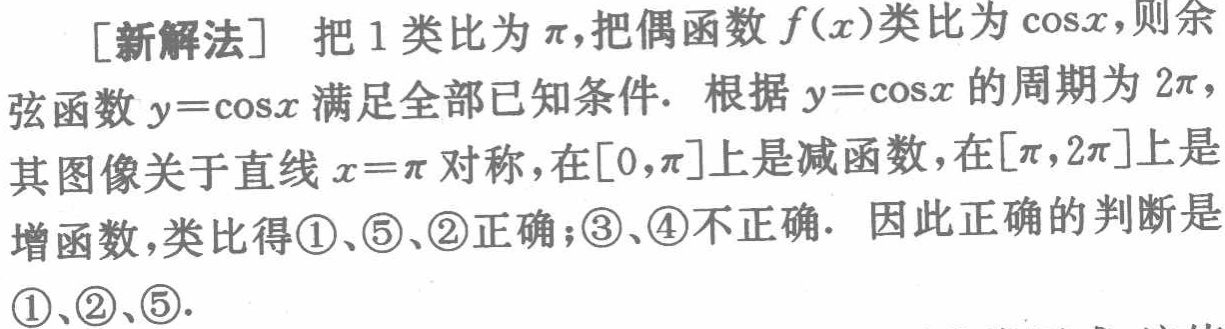
[新解法] 把 \(1\) 类比为 \(\pi\)，把偶函数 \(f(x)\)类比为 \(\cos x\)，则余弦函数 \(y = \cos x\) 满足全部已知条件. 根据 \(y = \cos x\) 的周期为 \(2\pi\)，其图像关于直线 \(x = \pi\) 对称，在\([0,\pi]\)上是减函数，在\([\pi,2\pi]\)上是增函数，类比得\textcircled{1}、\textcircled{5}、\textcircled{2}正确；\textcircled{3}、\textcircled{4}不正确. 因此正确的判断是\textcircled{1}、\textcircled{2}、\textcircled{5}.